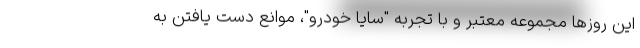
این روزها مجموعه معتبر و با تجربه "سایا خودرو"، موانع دست یافتن به